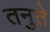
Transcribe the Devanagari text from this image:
तनुते